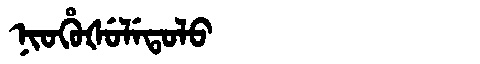
Manchu: ᠨᡳᠣᡥᡠᡧᡠᠯᡝᡨᠣᠯᠣ
Romanization: NIOHUŠULETOLO